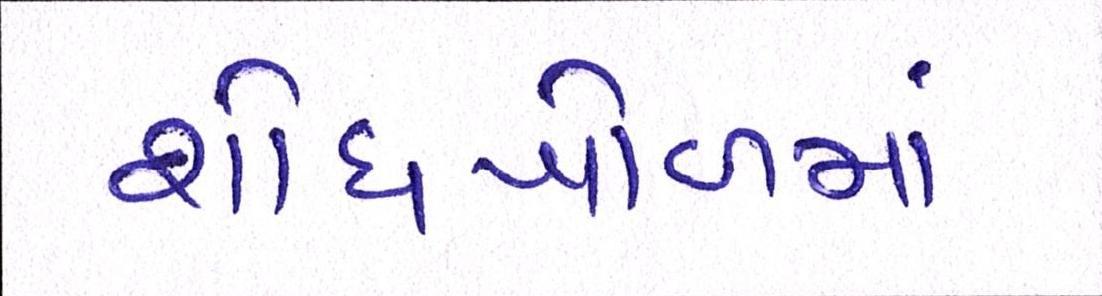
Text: શોધખોળમાં